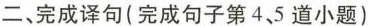
二、完成译句（完成句子第4、5道小题）